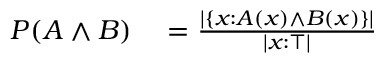
\begin{array} { r l } { P ( A \land B ) } & { { } = { \frac { | \{ x : A ( x ) \land B ( x ) \} | } { | x : \top | } } } \end{array}